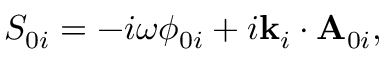
S _ { 0 i } = - i \omega \phi _ { 0 i } + i \mathbf { k } _ { i } \cdot \mathbf { A } _ { 0 i } ,